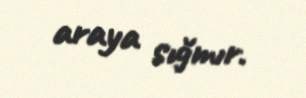
araya sığmır.